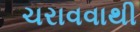
ચરાવવાથી